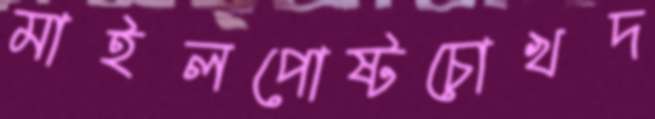
মাইলপোষ্টচোখদ